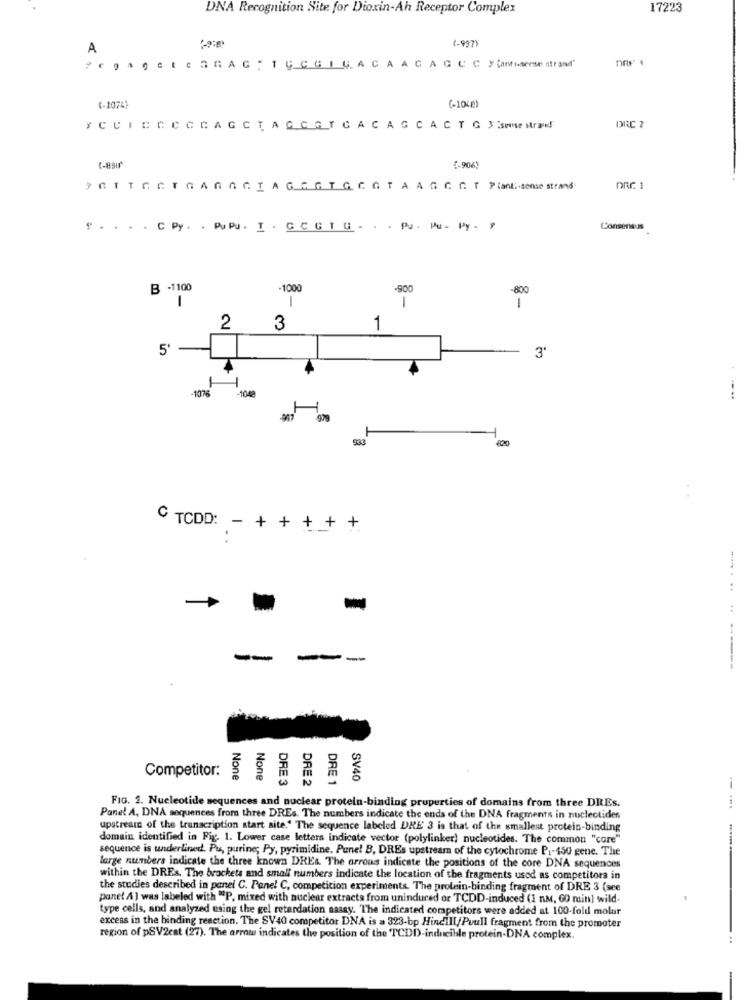
DNA Recognition Site for Dioxin-Ah Receptor Complex
17223
(-997
A
(- 1048)
(-1074)
YCCICCCCCAGC
TAGCGTCACAGCACTG $'sese strand
DRC 2
(-asır
1.906)
" . . . . C Py . . PUPU . I . G C GT G . . . Pu . Pu - Py - $
Consensus
B -1100
-1000
-900
-800
1
1
2
3
1
5'
3'
4
-1976
+
TCDD: - + + + +
..
--
-
Competitor:
DRE 3
DRE 1
SV40
DRE 2
FIG. 2. Nucleotide sequences and nuclear protein-binding properties of domains from three DREs.
Panel A, DNA sequences from three DREs. The numbers indicate the ends of the DNA fragments in nucleotides
upstream of the transcription start site." The sequence labeled DRE' 3 is that of the smallest protein-binding
domain identified in Fig. 1. Lower case letters indicate vector (polylinker) nucleotides. The common "core"
sequence is underlined. Pu, purine; Py, pyrimidine. Pane! B, DREs upstream of the cytochrome P1-450 gene. The
large numbers indicate the three known DREs. The orrous indicate the positions of the core DNA sequences
within the DREs. The brockets and small numbers indicate the location of the fragments used as competitors in
the studies described in panel C. Panel C, competition experiments. The protein-binding fragment of DRE 3 (see
panel A ) was labeled with "P, mixed with nuclear extracts from uninduced or TCDD-induced (1 nM, 60 min) wild-
type cells, and analyzed using the gel retardation sassy. "The indicated competitors were added at 100-fold molar
excess in the binding reaction. The SV40 competitor DNA is a 323-bp Hindill/Puull fragment from the promoter
region of pSV2cat (27). The arrow indicates the position of the TCDD-inducible protein-DNA complex.